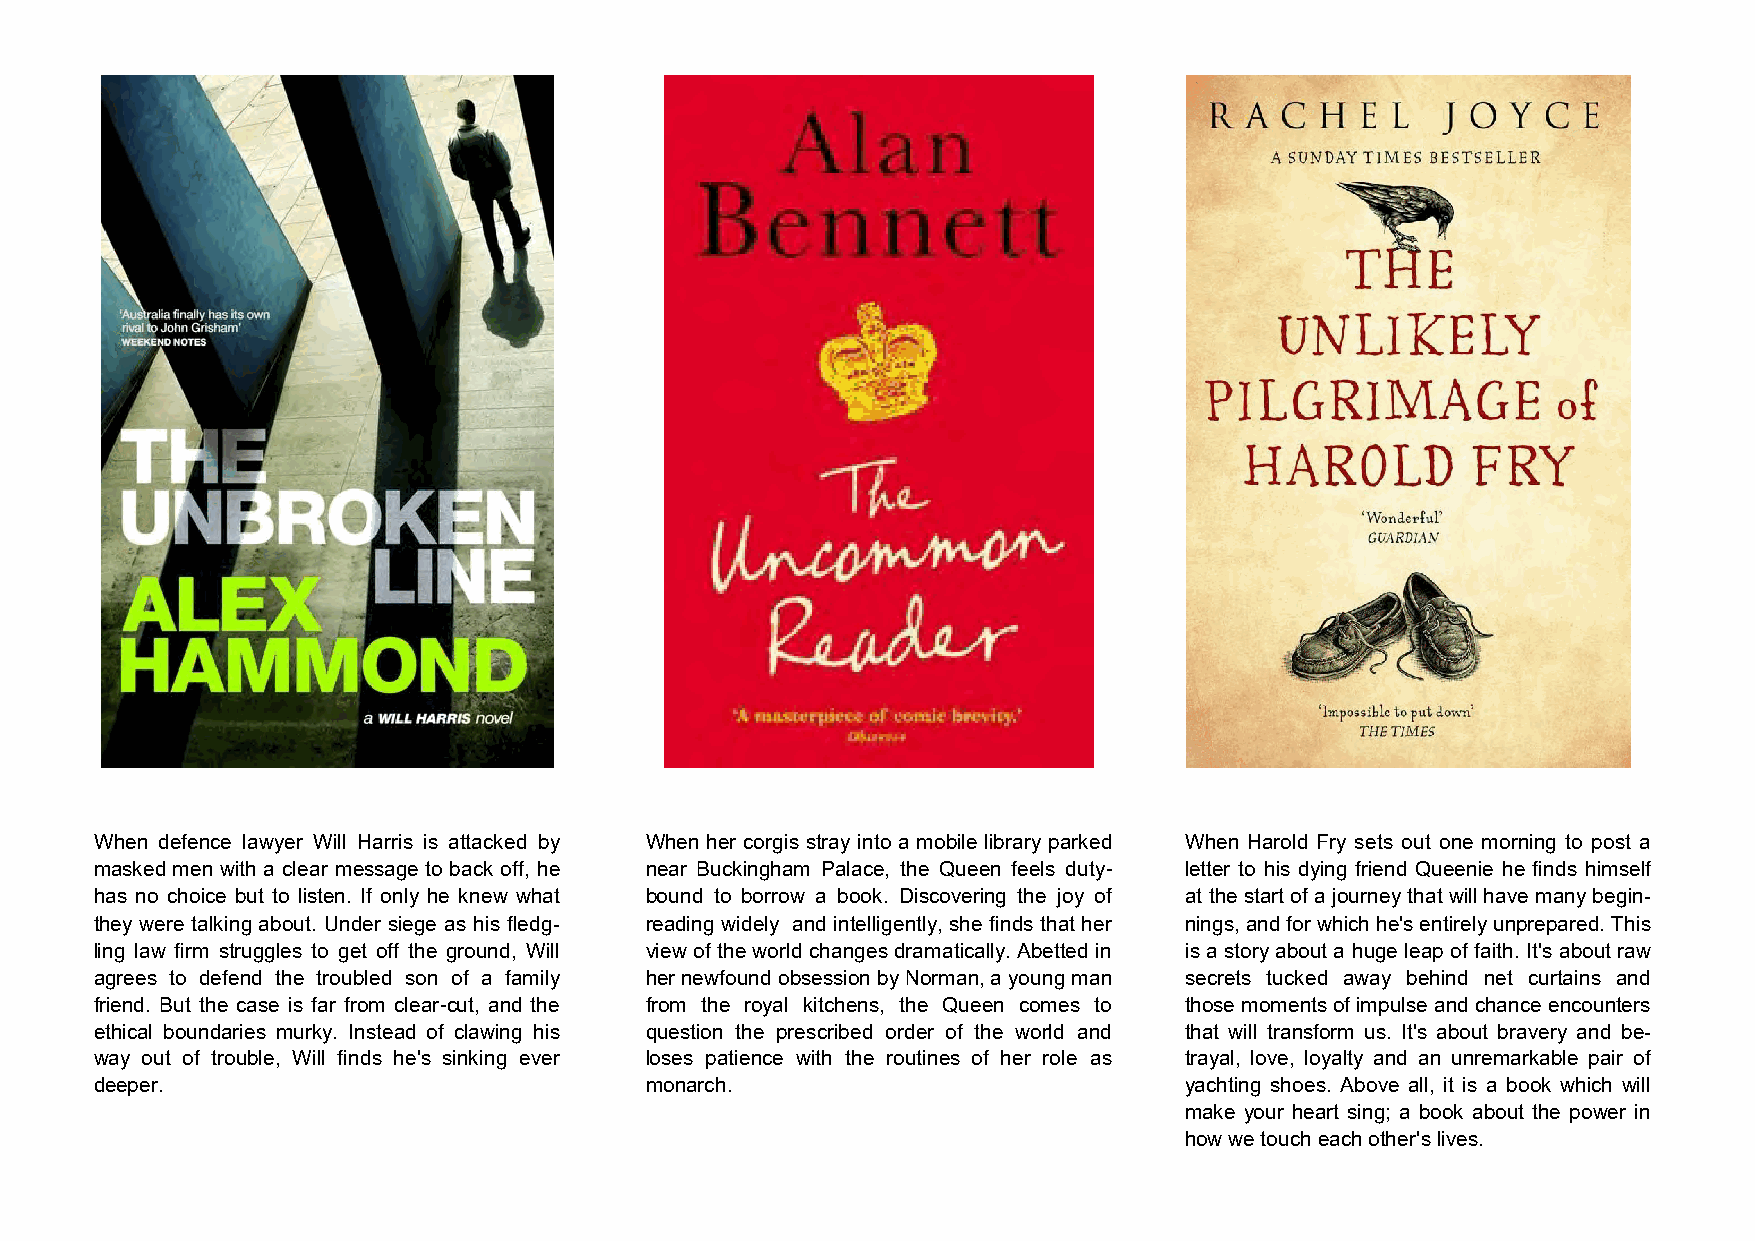
When defence lawyer Will Harris is attacked by When her corgis stray into a mobile library parked When Harold Fry sets out one morning to post a
 masked men with a clear message to back off, he near Buckingham Palace, the Queen feels duty- letter to his dying friend Queenie he finds himself
 has no choice but to listen. If only he knew what bound to borrow a book. Discovering the joy of at the start of a journey that will have many begin-
 they were talking about. Under siege as his fledg- reading widely and intelligently, she finds that her nings, and for which he's entirely unprepared. This
 ling law firm struggles to get off the ground, Will view of the world changes dramatically. Abetted in is a story about a huge leap of faith. It's about raw
 agrees to defend the troubled son of a family her newfound obsession by Norman, a young man secrets tucked away behind net curtains and
 friend. But the case is far from clear-cut, and the from the royal kitchens, the Queen comes to those moments of impulse and chance encounters
 ethical boundaries murky. Instead of clawing his question the prescribed order of the world and that will transform us. It's about bravery and be-
 way out of trouble, Will finds he's sinking ever loses patience with the routines of her role as trayal, love, loyalty and an unremarkable pair of
 deeper.                              monarch.                           yachting shoes. Above all, it is a book which will
 make your heart sing; a book about the power in
 how we touch each other's lives.